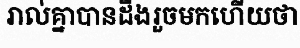
រាល់គ្នាបានដឹងរួចមកហើយថា